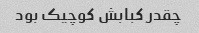
چقدر کبابش کوچیک بود